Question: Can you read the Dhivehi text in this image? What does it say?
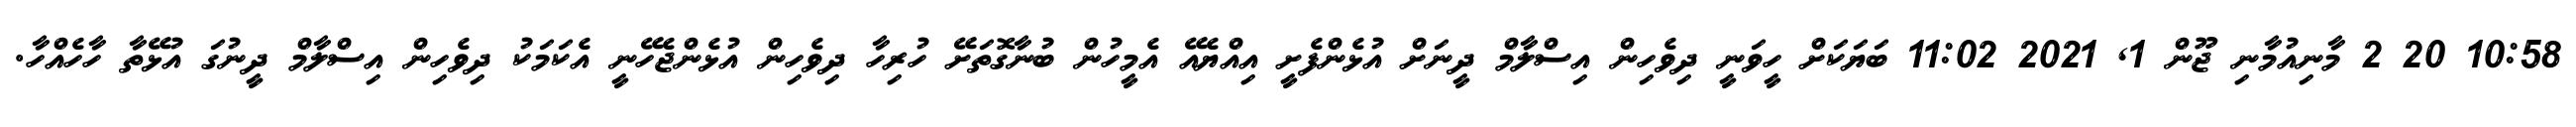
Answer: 10:58 20 2 މާނިއުމާނި ޖޫން 1, 2021 11:02 ބަޔަކަށް ހީވަނީ ދިވެހިން އިސްލާމް ދީނަށް އުޅެންފެށީ އިއްޔެއޭ އެމީހުން ބުނާގޮތަށޭ ހުރިހާ ދިވެހިން އުޅެންޖެހޭނީ އެކަމަކު ދިވެހިން އިސްލާމް ދީނުގަ އުޅޭތާ ހާހެއްހާ.